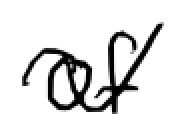
Text: of
Cross-out: wave
Writing tool: digital_black